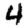
Digit: 4